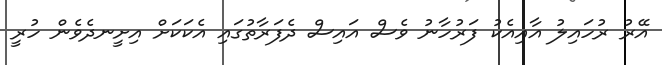
އޭރު ރުހައިލު އާއިއެކު ފަރުހާނު ވެސް އައިސް ދެފަރާތުގައި އެކަކަށް އިށީނދެވެން ހުރީ